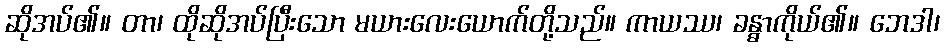
ဆိုအပ်၏။ တာ၊ ထိုဆိုအပ်ပြီးသော မယားလေးယောက်တို့သည်။ ကာယဿ၊ ခန္ဓာကိုယ်၏။ ဘေဒါ၊